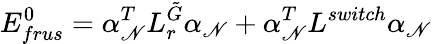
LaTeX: E_{frus}^{0}=\alpha_{\mathscr{N}}^{T}L_{r}^{\tilde{{G}}}\alpha_{\mathscr{N}}+\alpha_{\mathscr{N}}^{T}L^{switch}\alpha_{\mathscr{N}}